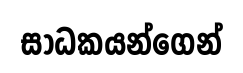
සාධකයන්ගෙන්